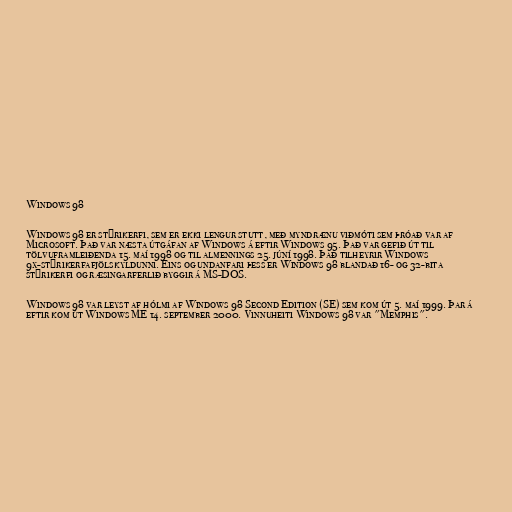
Windows 98

Windows 98 er stýrikerfi, sem er ekki lengur stutt, með myndrænu viðmóti sem þróað var af
Microsoft. Það var næsta útgáfan af Windows á eftir Windows 95. Það var gefið út til
tölvuframleiðenda 15. maí 1998 og til almennings 25. júní 1998. Það tilheyrir Windows
9x-stýrikerfafjölskyldunni. Eins og undanfari þess er Windows 98 blandað 16- og 32-bita
stýrikerfi og ræsingarferlið byggir á MS-DOS.

Windows 98 var leyst af hólmi af Windows 98 Second Edition (SE) sem kom út 5. maí 1999. Þar á
eftir kom út Windows ME 14. september 2000. Vinnuheiti Windows 98 var "Memphis".